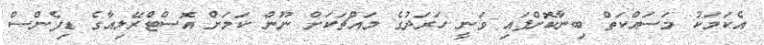
އެކަމަކު މަސައްކަތް ބިނާކޮށްފައި ވަނީ ހަރަދުގެ މައްޗަކަށް ނޫން ކަމަށް އޮސްޓްރޭލިއާގެ ޑިފެންސް